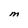
Character: M